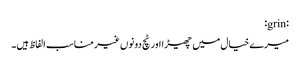
:grin:
میرے خیال میں چھیڑا اور ٹچ دونوں غیر مناسب الفاظ ہیں۔